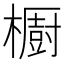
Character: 櫉